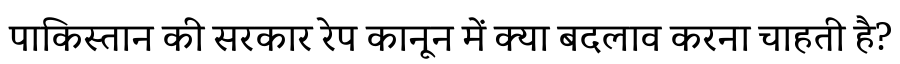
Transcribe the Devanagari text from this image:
पाकिस्तान की सरकार रेप कानून में क्या बदलाव करना चाहती है?